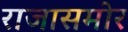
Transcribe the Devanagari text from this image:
राजासमोर